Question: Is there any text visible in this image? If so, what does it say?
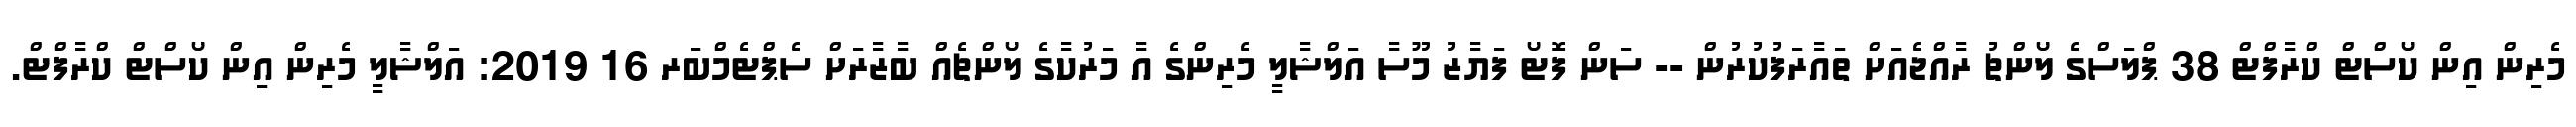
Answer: މެރިން އިން ކޯސްޓް ކްރާފްޓް 38 ޕްލަސްގެ ލޯންޗު ރާއްޖެއަށް ތައާރަފުކުރުން -- ސަން ފޮޓޯ ފަޔާޒު މޫސާ އަލްޝާލީ މެރިންގެ އާ މަރުކާގެ ލޯންޗެއް ބާޒާރަށް ސެޕްޓެމްބަރ 16 2019: އަލްޝާލީ މެރިން އިން ކޯސްޓް ކްރާފްޓް.